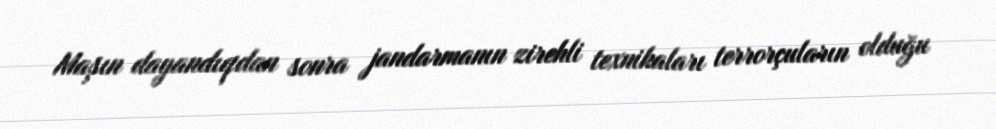
Maşın dayandıqdan sonra jandarmanın zirehli texnikaları terrorçuların olduğu